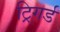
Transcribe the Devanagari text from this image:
ट्रिगर्ड